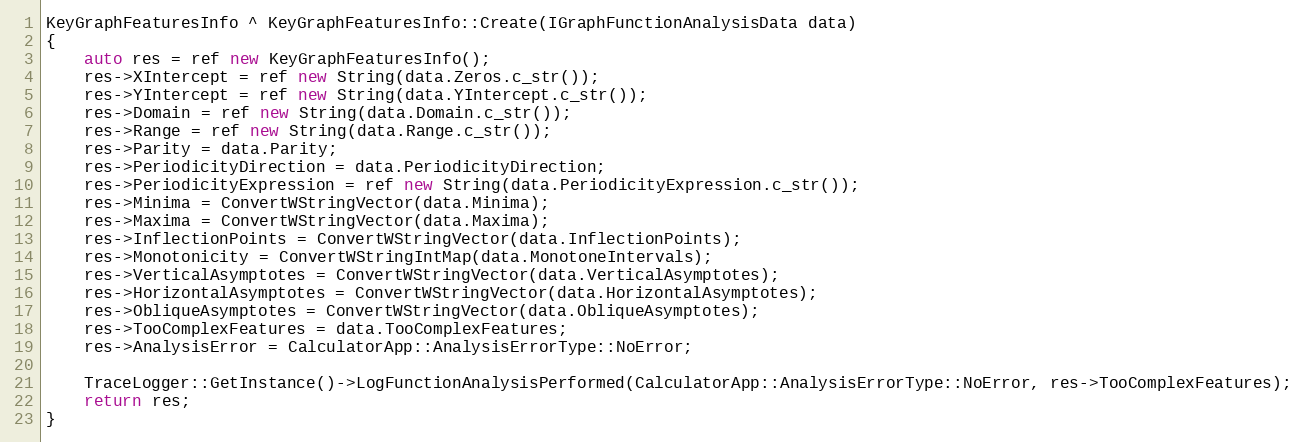
Language: C++
KeyGraphFeaturesInfo ^ KeyGraphFeaturesInfo::Create(IGraphFunctionAnalysisData data)
{
    auto res = ref new KeyGraphFeaturesInfo();
    res->XIntercept = ref new String(data.Zeros.c_str());
    res->YIntercept = ref new String(data.YIntercept.c_str());
    res->Domain = ref new String(data.Domain.c_str());
    res->Range = ref new String(data.Range.c_str());
    res->Parity = data.Parity;
    res->PeriodicityDirection = data.PeriodicityDirection;
    res->PeriodicityExpression = ref new String(data.PeriodicityExpression.c_str());
    res->Minima = ConvertWStringVector(data.Minima);
    res->Maxima = ConvertWStringVector(data.Maxima);
    res->InflectionPoints = ConvertWStringVector(data.InflectionPoints);
    res->Monotonicity = ConvertWStringIntMap(data.MonotoneIntervals);
    res->VerticalAsymptotes = ConvertWStringVector(data.VerticalAsymptotes);
    res->HorizontalAsymptotes = ConvertWStringVector(data.HorizontalAsymptotes);
    res->ObliqueAsymptotes = ConvertWStringVector(data.ObliqueAsymptotes);
    res->TooComplexFeatures = data.TooComplexFeatures;
    res->AnalysisError = CalculatorApp::AnalysisErrorType::NoError;

    TraceLogger::GetInstance()->LogFunctionAnalysisPerformed(CalculatorApp::AnalysisErrorType::NoError, res->TooComplexFeatures);
    return res;
}